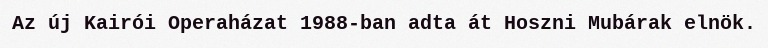
Az új Kairói Operaházat 1988-ban adta át Hoszni Mubárak elnök.